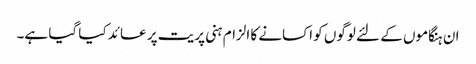
ان ہنگاموں کے لئے لوگوں کو اکسانے کا الزام ہنی پریت پر عائد کیا گیا ہے۔